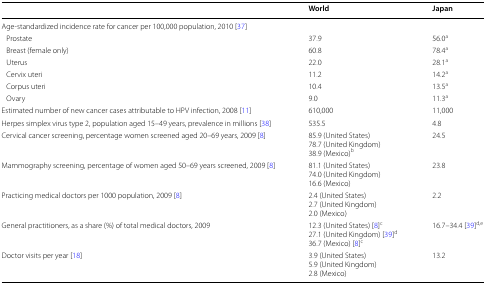
<table><thead><tr><td></td><td><b>World</b></td><td><b>Japan</b></td></tr></thead><tbody><tr><td colspan="3">Age-standardized incidence rate for cancer per 100,000 population, 2010 [37]</td></tr><tr><td> Prostate</td><td>37.9</td><td>56.0<sup>a</sup></td></tr><tr><td> Breast (female only)</td><td>60.8</td><td>78.4<sup>a</sup></td></tr><tr><td> Uterus</td><td>22.0</td><td>28.1<sup>a</sup></td></tr><tr><td> Cervix uteri</td><td>11.2</td><td>14.2<sup>a</sup></td></tr><tr><td> Corpus uteri</td><td>10.4</td><td>13.5<sup>a</sup></td></tr><tr><td> Ovary</td><td>9.0</td><td>11.3<sup>a</sup></td></tr><tr><td>Estimated number of new cancer cases attributable to HPV infection, 2008 [11]</td><td>610,000</td><td>11,000</td></tr><tr><td>Herpes simplex virus type 2, population aged 15–49 years, prevalence in millions [38]</td><td>535.5</td><td>4.8</td></tr><tr><td>Cervical cancer screening, percentage women screened aged 20–69 years, 2009 [8]</td><td>85.9 (United States)78.7 (United Kingdom)38.9 (Mexico)<sup>b</sup></td><td>24.5</td></tr><tr><td>Mammography screening, percentage of women aged 50–69 years screened, 2009 [8]</td><td>81.1 (United States)74.0 (United Kingdom)16.6 (Mexico)</td><td>23.8</td></tr><tr><td>Practicing medical doctors per 1000 population, 2009 [8]</td><td>2.4 (United States)2.7 (United Kingdom)2.0 (Mexico)</td><td>2.2</td></tr><tr><td>General practitioners, as a share (%) of total medical doctors, 2009</td><td>12.3 (United States) [8]<sup>c</sup>27.1 (United Kingdom) [39]<sup>d</sup>36.7 (Mexico) [8]<sup>c</sup></td><td>16.7–34.4 [39]<sup>d,e</sup></td></tr><tr><td>Doctor visits per year [18]</td><td>3.9 (United States)5.9 (United Kingdom)2.8 (Mexico)</td><td>13.2</td></tr></tbody></table>